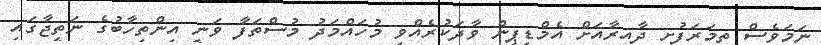
ނަމަވެސް ތިމަރަފުށި ދާއިރާއަށް އެމްޑީޕީން ވާދަކުރެއްވި މުހައްމަދު މުސްތަފާ ވަނީ އިންތިހާބުގެ ނަތީޖާގައި